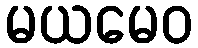
မယမေဝ